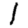
Digit: 1